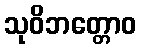
သုဝိဘတ္တောဝ